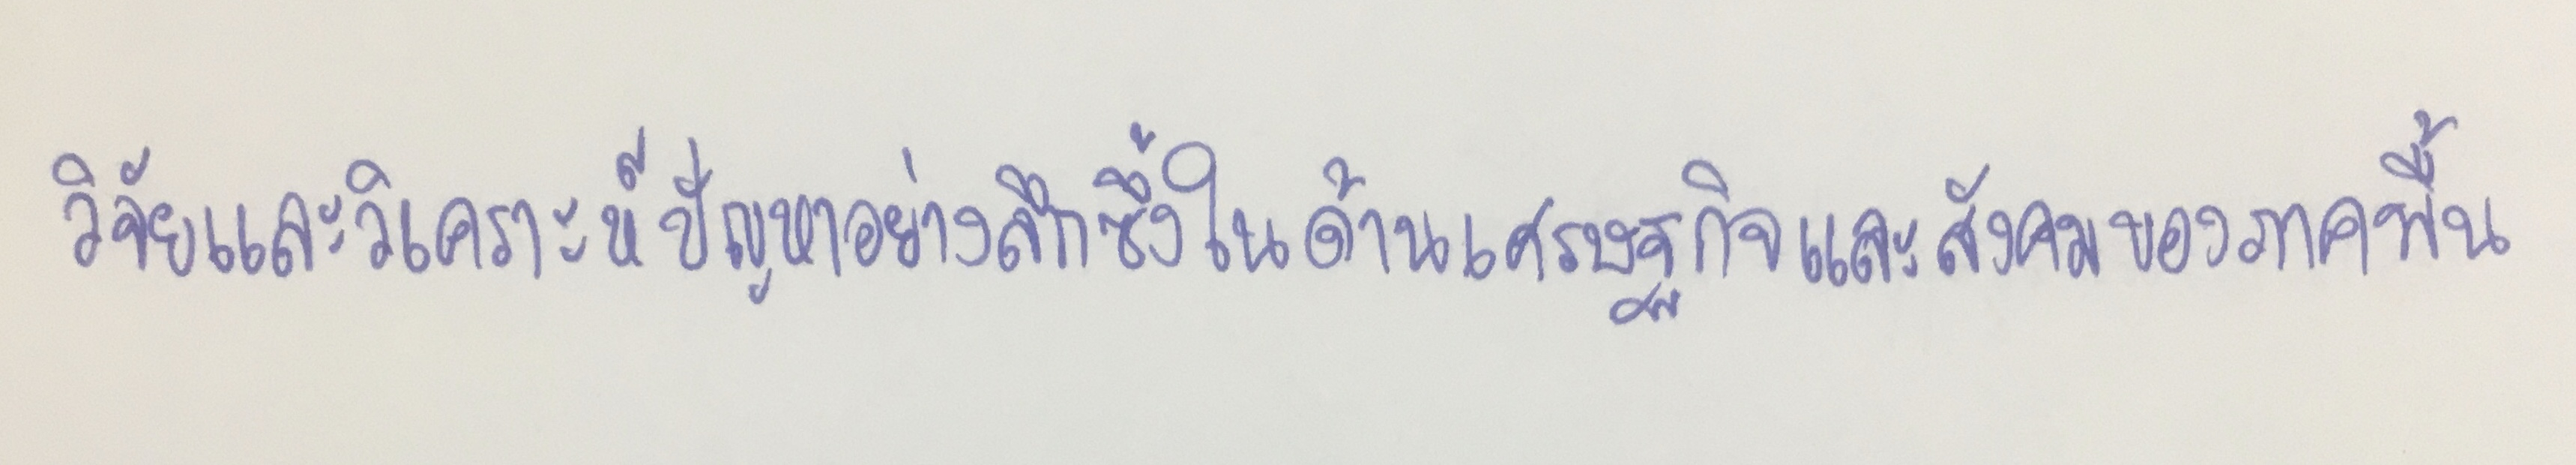
๑)วิจัยและวิเคราะห์ปัญหาอย่างลึกซึ้งในด้านเศรษฐกิจและสังคมของภาคพื้น